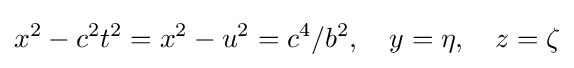
x^{2}-c^{2}t^{2}=x^{2}-u^{2}=c^{4}/b^{2},\quad y=\eta ,\quad z=\zeta